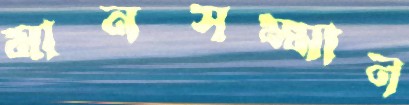
মানসম্মান